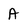
Character: A